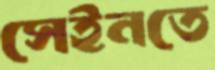
সেইনতে